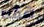
فقط